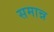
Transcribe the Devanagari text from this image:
समान्न